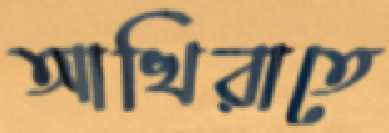
আখিরাতে